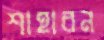
শাহারন